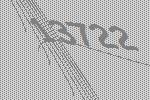
13722